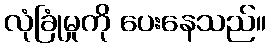
လုံခြုံမှုကို ပေးနေသည်။